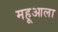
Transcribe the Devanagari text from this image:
महूआला